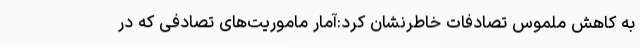
به کاهش ملموس تصادفات خاطرنشان کرد:آمار ماموریت‌های تصادفی که در